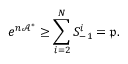
e ^ { n \mathcal { A } ^ { \ast } } \geq \sum _ { i = 2 } ^ { N } S _ { - 1 } ^ { i } = \mathfrak { p } .